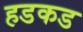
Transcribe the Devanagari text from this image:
हडकड